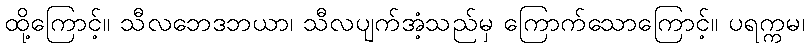
ထို့ကြောင့်။ သီလဘေဒဘယာ၊ သီလပျက်အံ့သည်မှ ကြောက်သောကြောင့်။ ပရက္ကမ၊